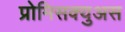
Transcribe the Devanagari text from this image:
प्रोमिसक्युअस